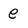
Character: e